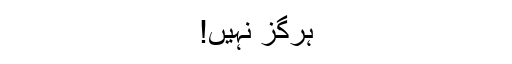
ہرگز نہیں!